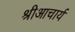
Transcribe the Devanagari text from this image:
श्रीआचार्य